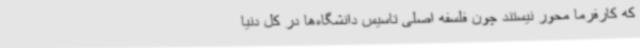
که کارفرما محور نیستند چون فلسفه اصلی تاسیس دانشگاه‌ها در کل دنیا